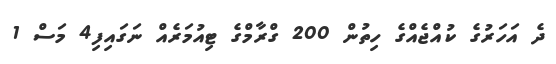
ދެ އަހަރުގެ ކުއްޖެއްގެ ހިތުން 200 ގްރާމްގެ ޓިއުމަރެއް ނަގައިފި4 މަސް 1